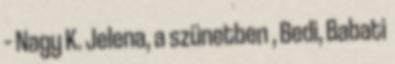
– Nagy K. Jelena, a szünetben , Bedi, Babati